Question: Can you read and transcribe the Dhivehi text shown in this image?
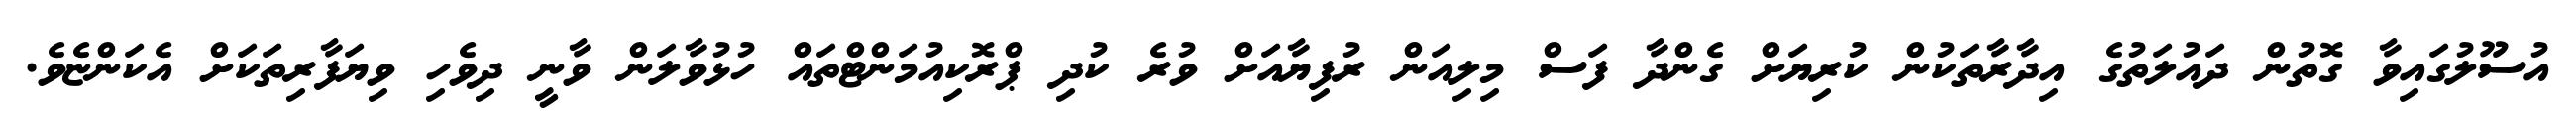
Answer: އުސޫލުގައިވާ ގޮތުން ދައުލަތުގެ އިދާރާތަކުން ކުރިޔަށް ގެންދާ ފަސް މިލިއަން ރުފިޔާއަށް ވުރެ ކުދި ޕްރޮކިއުމަންޓްތައް ހުޅުވާލަން ވާނީ ދިވެހި ވިޔަފާރިތަކަށް އެކަންޏެވެ.